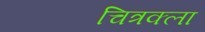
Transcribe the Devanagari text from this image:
चित्रक्ला